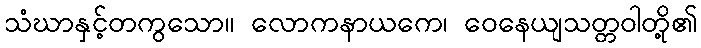
သံဃာနှင့်တကွသော။ လောကနာယကေ၊ ဝေနေယျသတ္တဝါတို့၏